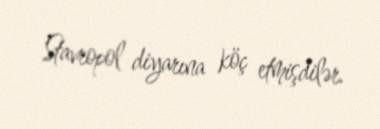
Stavropol diyarına köç etmişdilər.